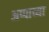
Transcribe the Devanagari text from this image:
अप्पाच्या